Report of the Indian Hemp Drugs Commission, 1894-1895 - Volume VI
Year: 1894
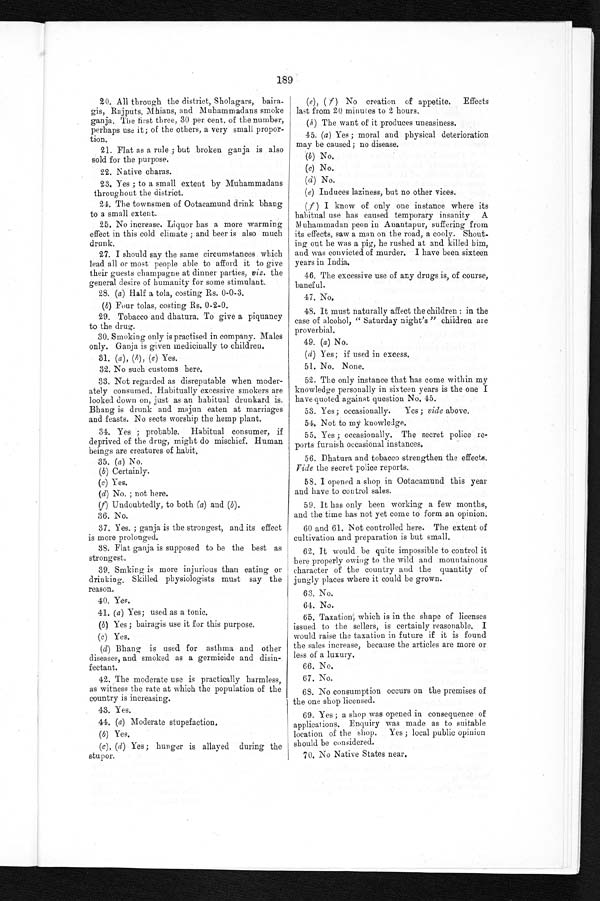
189
20. All through the district, Sholagars,
b a i r a - g i s ,
R a j p u t s ,
M h i a n s , a n d M u h a m m a d a n s s m o k e
ganja. The first three, 30 per cent. of the number,
perhaps use it ; of the others, a very small propor-
tion.
21. Flat as a rule ; but broken ganja is also
sold for the purpose.
22. Native charas.
23. Yes; to a small extent by Muhammadans
throughout the district.
24. The townsmen of Ootacamund drink bhang
to a small extent.
25. No increase. Liquor has a more warming
effect in this cold climate ; and beer is also much
drunk.
27. I should say the same circumstances which
lead all or most people able to afford it to give
their guests champagne at dinner parties, viz. the
general desire of humanity for some stimulant.
28. (a) Half a tola, costing Rs. 0-0-3.
(b) Four tolas, costing Rs. 0-2-0.
29. Tobacco and dhatura. To give a piquancy
to the drug.
30. Smoking only is practised in company. Males
only. Ganja is given medicinally to children.
31. (a), (b), (c) Yes.
32. No such customs here.
33. Not regarded as disreputable when moder-
ately consumed. Habitually excessive smokers are
looked down on, just as an habitual drunkard is
Bhang is drunk and majun eaten at marriages
and feasts. No sects worship the hemp plant.
34. Yes ; probable. Habitual consumer, if
deprived of the drug, might do mischief. Human
beings are creatures of habit.
35. (a) No.
(b) Certainly.
(c) Y e s
.
(d) No. ; not here.
(f) Undoubtedly, to both (a) and (b) .
36. No.
37. Yes. ; ganja is the strongest, and its effect
is more prolonged.
38. Flat ganja is supposed to be the best as
strongest.
39. Smking is more injurious than eating or
d r i n k i n g . S k i l l e d p h y s i o l o g i s t s mu s t s a y t h e
reason.
40. Yes.
41. (a) Yes; used as a tonic.
(b) Yes; bairagis use it for this purpose.
(c) Y e s .
(d) Bhang is used for asthma and other
diseases, and smoked as a germicide and disin--
fectant.
42. The moderate use is practically harmless,
as witness the rate at which the population of the
country is increasing.
43. Yes.
44. (a) Mode r a t e s t upe f a c t i on.
(b) Yes.
(c) , (d) Yes; hunger is allayed during the
stupor.
(e), (f) No creation of appetite. Effects
last from 20 minutes to 2 hours.
(h) The want of it produces uneasiness.
45. (a) Yes; moral and physical deterioration
may be caused; no disease.
(b) No.
(c) No .
(d) No.
( e ) Induces laziness, but no other vices.
(f) I know of only one instance where its
habitual use has caused temporary insanity A
Muhammadan peon in Anantapur, suffering from
its effects, saw a man on the road, a cooly. Shout-
ing out he was a pig, he rushed at and killed him,
a n d wa s c o n v i c t e d o f mu r d e r . I h a v e b e e n s i x t e e n
years in India.
46. The excessive use of any drugs is, of course,
baneful.
47. No.
48. It must naturally affect the children : in the
case of alcohol, "Saturday night's" children are
proverbial.
49. (a) No.
(d) Yes; if used in
exces s .
51. No. None.
52. The only instance that has come within my
knowledge personally in sixteen years is the one I
have quoted against question No. 45.
53.
Yes; occasionally. Yes; vide above.
54. Not to my knowledge.
55. Yes; occasionally. The secret police re-
ports furnish occasional instances.
56. Dhatura and tobacco strengthen the effects.
Vide the secret police reports.
58. I opened a shop in Ootacamund this year
and have to control sales.
59. It has only been working a few months,
and the time has not yet come to form an opinion.
60 and 61. Not controlled here. The extent of
cultivation and preparation is but small.
62. It would be quite impossible to control it
here properly owing to the wild and mountainous
character of the country and the quantity of
jungly places where it could be grown.
63. No.
64. No.
65. Taxation, which is in the shape of licenses
issued to the sellers, is certainly reasonable. I
would raise the taxation in future if it is found
the sales increase, because the articles are more or
less of a luxury.
66. No.
67. No.
68. No consumption occurs on the premises of
the one shop licensed.
69. Yes; a shop was opened in consequence of
applications. Enquiry was made as to suitable
location of the shop. Yes; local public opinion
should be considered.
70. No Native States near.